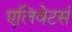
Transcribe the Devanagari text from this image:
एलिवेटर्स